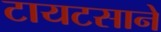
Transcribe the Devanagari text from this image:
टायटसाने